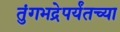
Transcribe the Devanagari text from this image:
तुंगभद्रेपर्यंतच्या